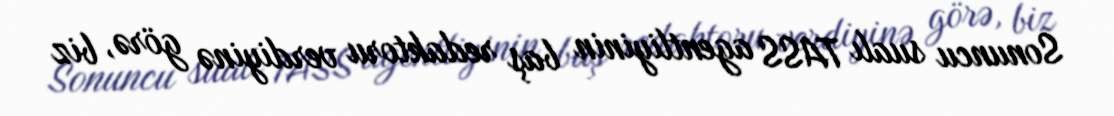
Sonuncu sualı TASS agentliyinin baş redaktoru verdiyinə görə, biz